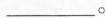
___。